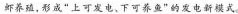
虾养殖，形成”上可发电、下可养鱼”的发电新模式.